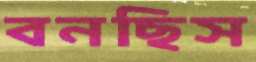
বনছিস